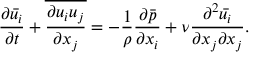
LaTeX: { \frac { \partial { \bar { u _ { i } } } } { \partial t } } + { \overline { { \frac { \partial u _ { i } u _ { j } } { \partial x _ { j } } } } } = - { \frac { 1 } { \rho } } { \frac { \partial { \bar { p } } } { \partial x _ { i } } } + \nu { \frac { \partial ^ { 2 } { \bar { u _ { i } } } } { \partial x _ { j } \partial x _ { j } } } .